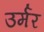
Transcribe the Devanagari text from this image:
उर्मर